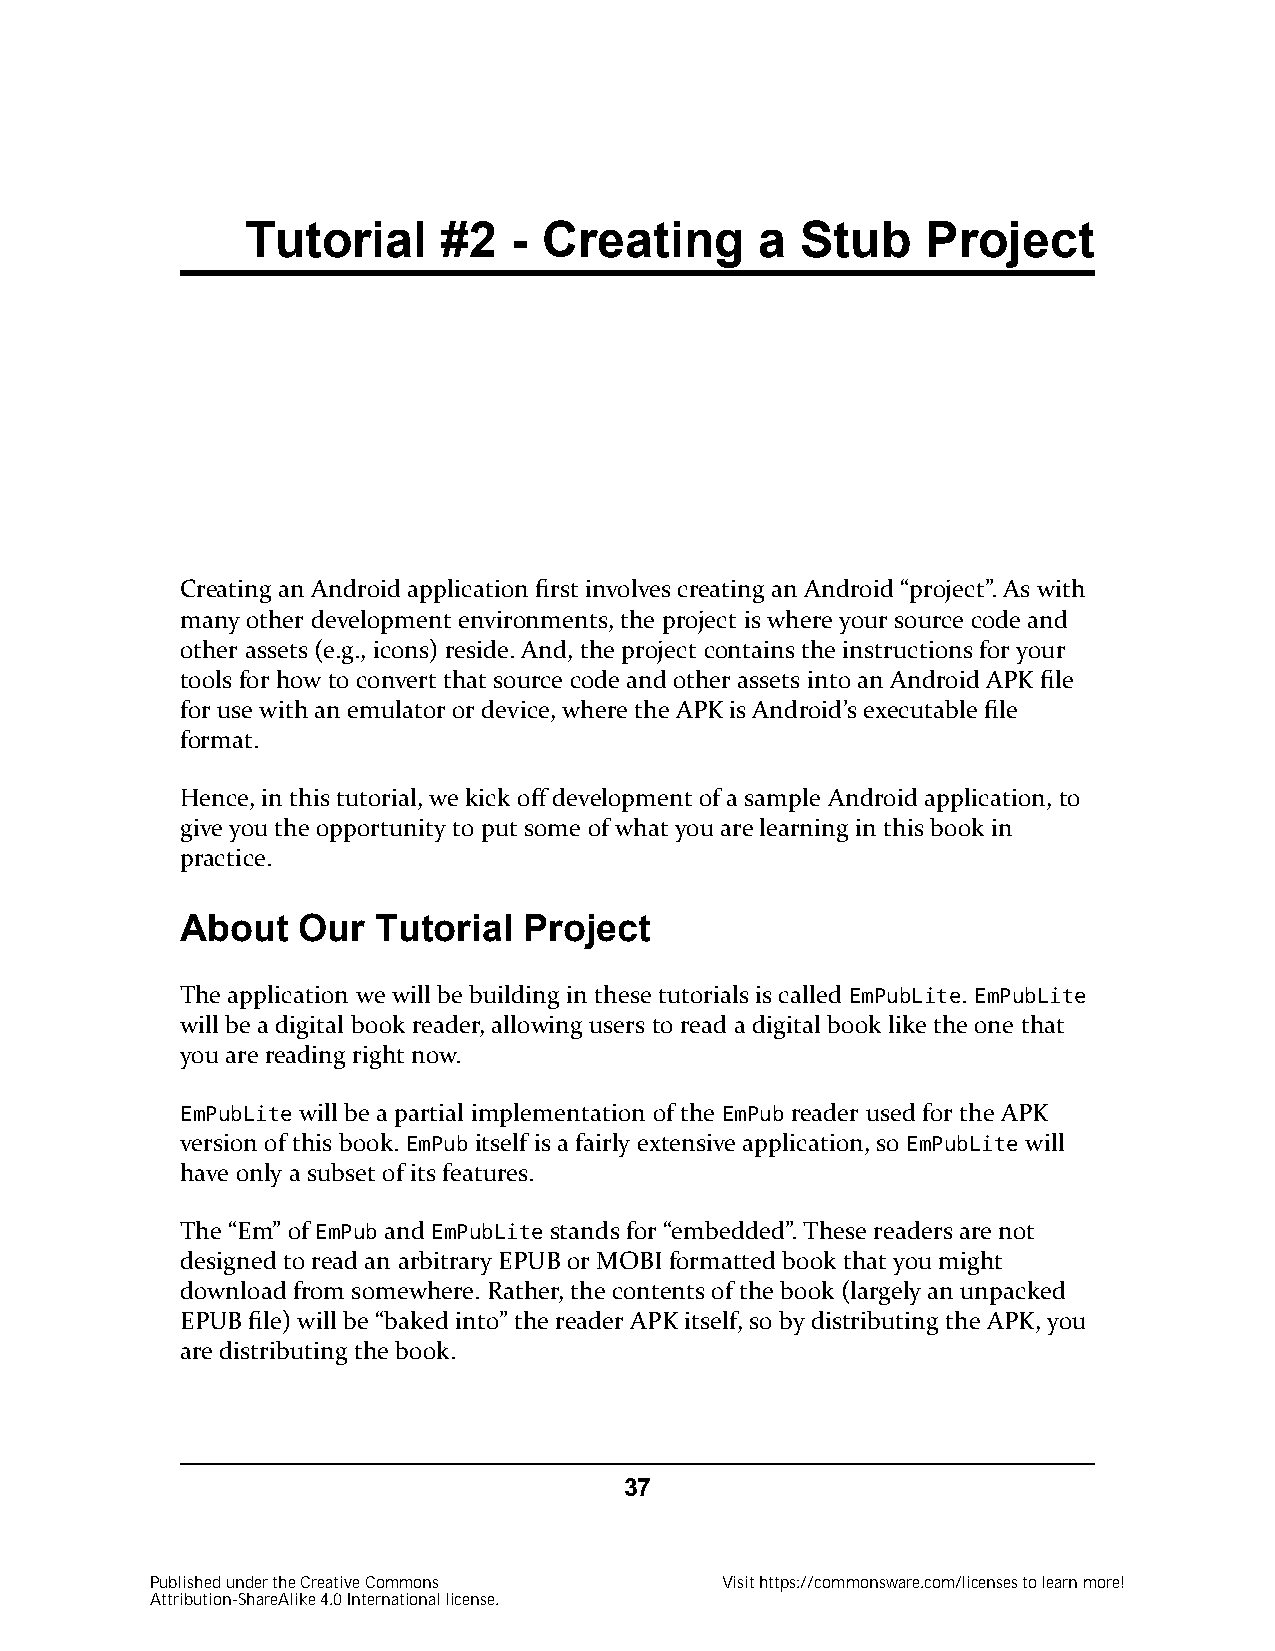
Tutorial     #2   - Creating      a  Stub    Project
 Creating an Android application first involves creating an Android “project”. As with
 many other development environments, the project is where your source code and
 other assets (e.g., icons) reside. And, the project contains the instructions for your
 tools for how to convert that source code and other assets into an Android APK file
 for use with an emulator or device, where the APK is Android’s executable file
 format.
 Hence, in this tutorial, we kick off development of a sample Android application, to
 give you the opportunity to put some of what you are learning in this book in
 practice.
 About   Our  Tutorial  Project
 The application we will be building in these tutorials is called EmPubLite. EmPubLite
 will be a digital book reader, allowing users to read a digital book like the one that
 you are reading right now.
 EmPubLite will be a partial implementation of the EmPub reader used for the APK
 version of this book. EmPub itself is a fairly extensive application, so EmPubLite will
 have only a subset of its features.
 The “Em” of EmPub and EmPubLite stands for “embedded”. These readers are not
 designed to read an arbitrary EPUB or MOBI formatted book that you might
 download from somewhere. Rather, the contents of the book (largely an unpacked
 EPUB file) will be “baked into” the reader APK itself, so by distributing the APK, you
 are distributing the book.
 37
 Published under the Creative Commons  Visit https://commonsware.com/licenses to learn more!
 Attribution-ShareAlike 4.0 International license.